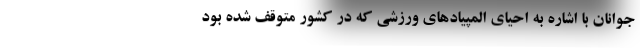
جوانان با اشاره به احیای المپیادهای ورزشی که در کشور متوقف شده بود